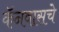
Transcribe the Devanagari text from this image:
कॅनवासचे